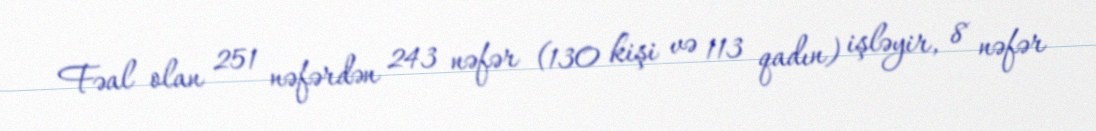
Fəal olan 251 nəfərdən 243 nəfər (130 kişi və 113 qadın) işləyir, 8 nəfər